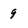
Character: 9